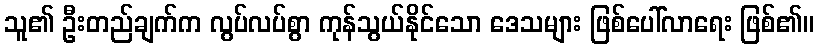
သူ၏ ဦးတည်ချက်က လွပ်လပ်စွာ ကုန်သွယ်နိုင်သော ဒေသများ ဖြစ်ပေါ်လာရေး ဖြစ်၏။